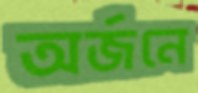
অর্জনে